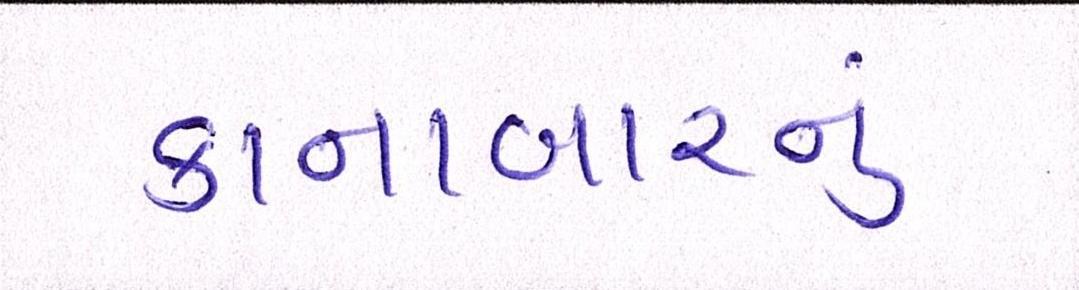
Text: કાનાબારનું